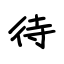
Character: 待